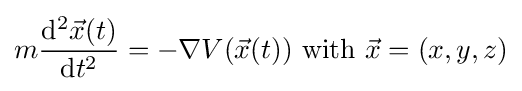
m{\frac {\mathrm {d} ^{2}{\vec {x}}(t)}{\mathrm {d} t^{2}}}=-\nabla V({\vec {x}}(t)){\text{ with }}{\vec {x}}=(x,y,z)